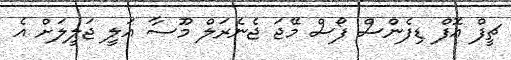
ޗީފް އޮފް ޑިފެންސް ފޯސް މޭޖަ ޖެނެރަލް މޫސާ އަލީ ޖަލީލަށް އެ